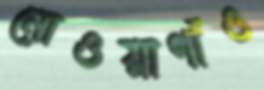
নোওয়াগাঁও